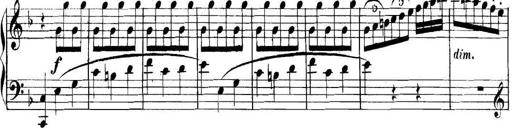
Title: Collected Piano Sonatas
Composer: Muzio Clementi